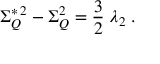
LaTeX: \Sigma _ { Q } ^ { * \, 2 } - \Sigma _ { Q } ^ { 2 } = \frac { 3 } { 2 } \; \lambda _ { 2 } \; .